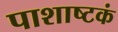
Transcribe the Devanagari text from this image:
पाशाष्टकं